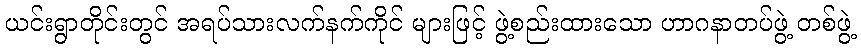
ယင်းရွာတိုင်းတွင် အရပ်သားလက်နက်ကိုင် များဖြင့် ဖွဲ့စည်းထားသော ဟာဂနာတပ်ဖွဲ့ တစ်ဖွဲ့